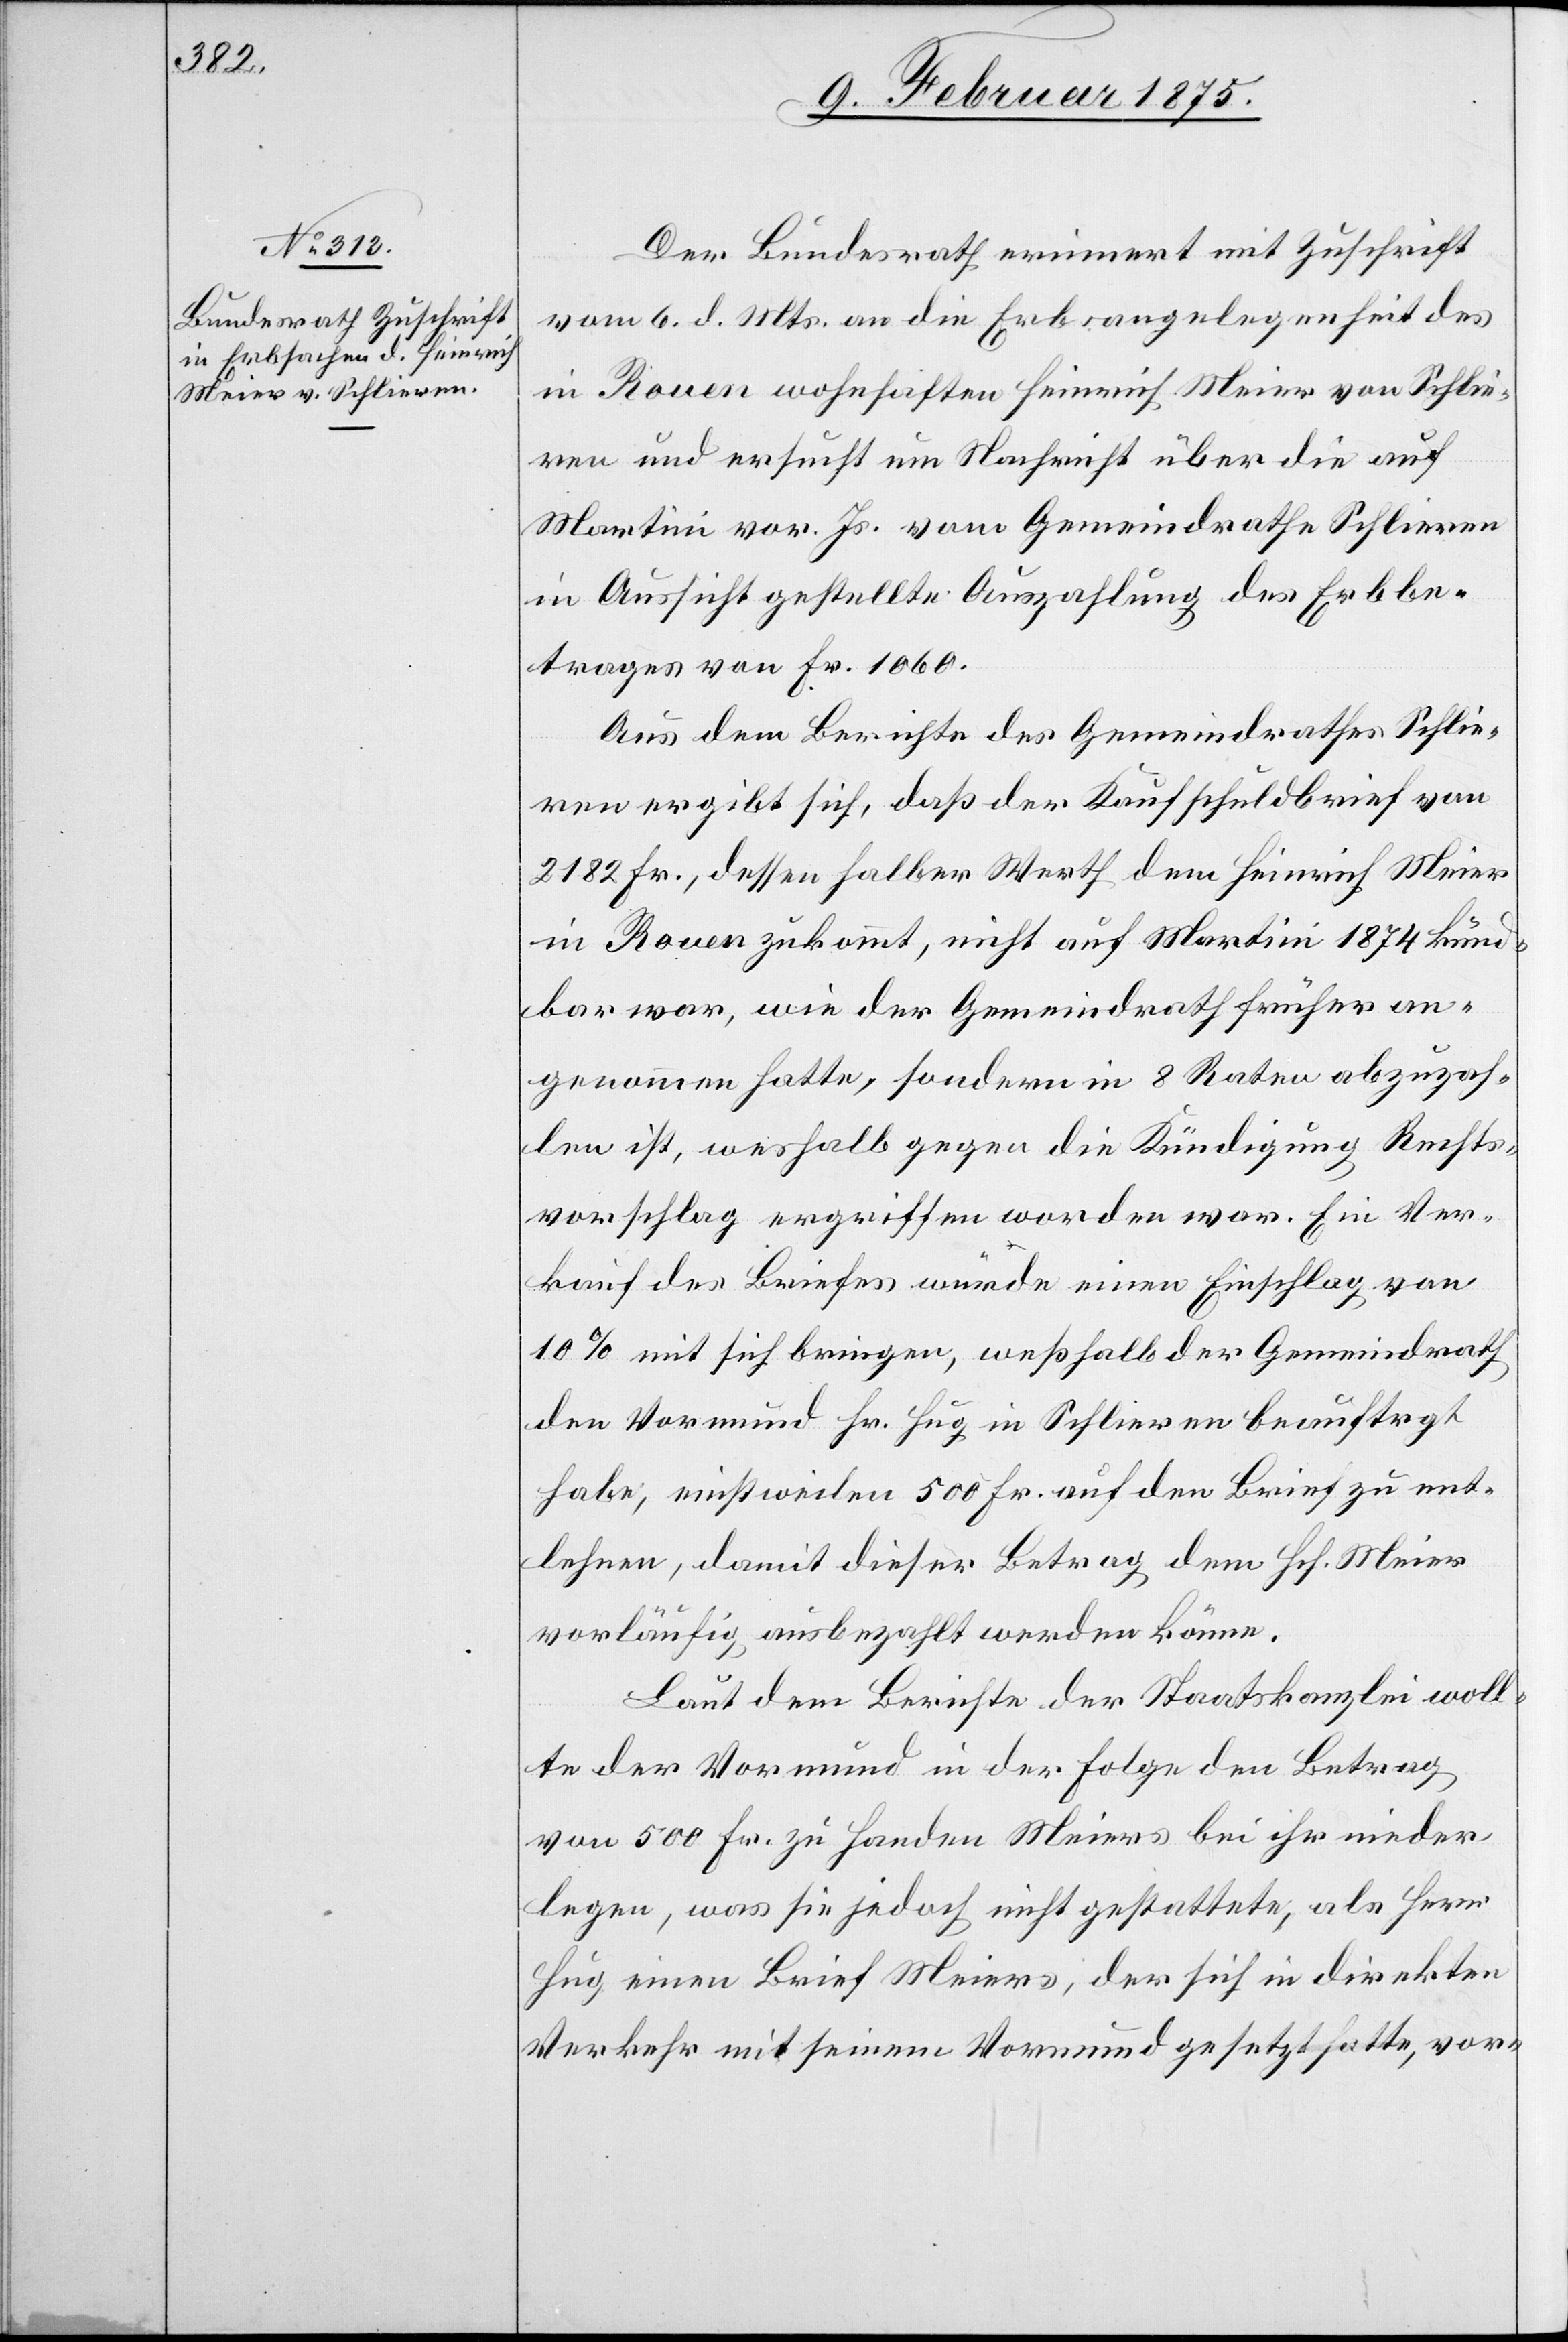
9. Februar 1875.]
Der Bundesrath erinnert mit Zuschrift
vom 6. d. Mts. an die Erbsangelegenheit des
in Rouen wohnhaften Heinrich Meir von Schlie¬
ren und ersucht um Nachricht über die auf
Martini vor. Js. vom Gemeindrathe Schlieren
in Aussicht gestellte Auszahlung des Erbbe¬
trages von Fr. 1060.
Aus dem Berichte des Gemeindrathes Schlie¬
ren ergibt sich, daß der Kaufschuldbrief von
2182 Fr., dessen halber Werth dem Heinrich Meier
in Rouen zukommt, nicht auf Martini 1874 künd¬
bar war, wie der Gemeindrath früher an¬
genommen hatte, sondern in 8 Wochen abzuzah¬
len ist, weshalb gegen die Kündigung Rechts¬
vorschlag ergriffen worden war. Ein Ver¬
kauf des Briefes würde einen Einschlag von
10% mit sich bringen, weßhalb der Gemeindrath
den Vormund Hr. Hug in Schlieren beauftragt
habe, einstweilen 500 Fr. auf den Brief zu ent¬
lehnen, damit dieser Betrag dem Hch. Meier
vorläufig ausbezahlt werden könne.
Laut dem Berichte der Staatskanzlei woll¬
te der Vormund in der Folge den Betrag
von 500 Fr. zu Handen Meiers bei ihr nieder¬
legen, was sie jedoch nicht gestattete, als Herr
Hug einen Brief Meiers, der sich in direkten
Verkehr mit seinem Vormund gesetzt hatte, vor-